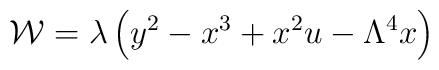
{\cal W}=\lambda\left(y^{2}-x^{3}+x^{2}u-\Lambda^{4}x\right)